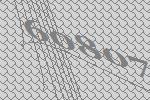
60807